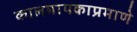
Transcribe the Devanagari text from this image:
कालमापकाप्रमाणे